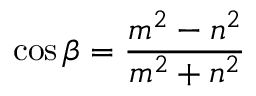
\cos { \beta } = { \frac { m ^ { 2 } - n ^ { 2 } } { m ^ { 2 } + n ^ { 2 } } }